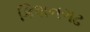
કિશનગઢ